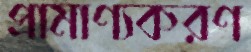
প্রামাণ্যকরণ